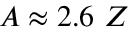
A \approx 2 . 6 ~ Z